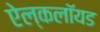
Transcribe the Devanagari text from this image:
ऐल्कलॉयड